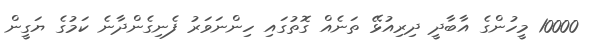
10000 މީހުންގެ އާބާދީ ދިރިއުޅޭ ތަނެއް ގޮތުގައި ހިންނަވަރު ފެނިގެންދާނެ ކަމުގެ ޔަގީން